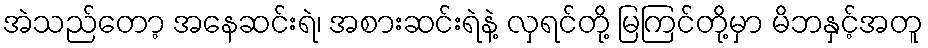
အဲသည်တော့ အနေဆင်းရဲ၊ အစားဆင်းရဲနဲ့ လှရင်တို့ မြကြင်တို့မှာ မိဘနှင့်အတူ